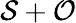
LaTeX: \mathcal{S}+\mathcal{O}